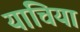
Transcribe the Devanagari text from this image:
यांचिया